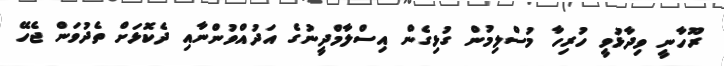
ރޫހާނީ ވިދާޅުވީ ހުރިހާ މުސްލިމުން ގުޅިގެން އިސްލާމްދީނުގެ އަދުއްވުންނާއި ދެކޮޅަށް ތެދުވަން ޖެހޭ